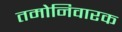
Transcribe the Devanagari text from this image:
तमोनिवारक